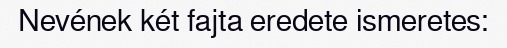
Nevének két fajta eredete ismeretes: